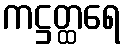
ကဋ္ဌတ္ထရေ